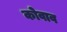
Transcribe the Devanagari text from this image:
कोवाव